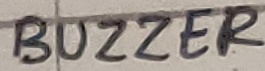
Text: BUZZER